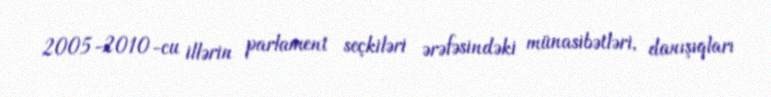
2005-2010-cu illərin parlament seçkiləri ərəfəsindəki münasibətləri, danışıqları